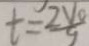
t = \frac { 2 V o } { 9 }